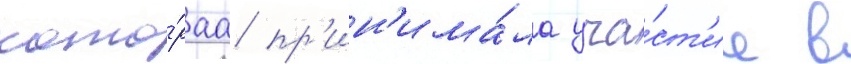
кото́раа пр'ин'има́ла уча́ст'ие в